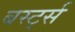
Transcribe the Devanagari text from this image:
बर्स्ट्स